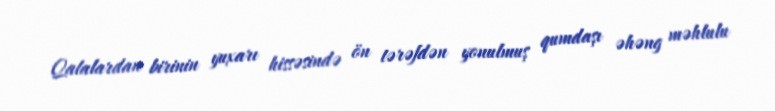
Qalalardan birinin yuxarı hissəsində ön tərəfdən yonulmuş qumdaşı əhəng məhlulu